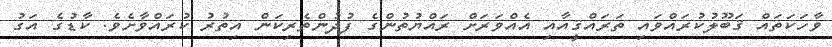
ވާހަކަތައް ޤަބޫލުކުރައްވައި ތަރައްޤީއާއި އެއްވަރަށް ރައްޔުތުންގެ ފުދުންތެރިކަން އިތުރު ކުރައްވާށެވެ. ކާޑުގެ އަގު